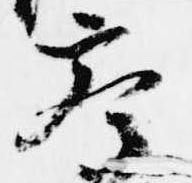
参